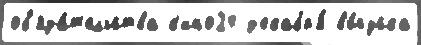
об'яза́т'ельства к'ино24 д'екабр'я́ вы́пуска